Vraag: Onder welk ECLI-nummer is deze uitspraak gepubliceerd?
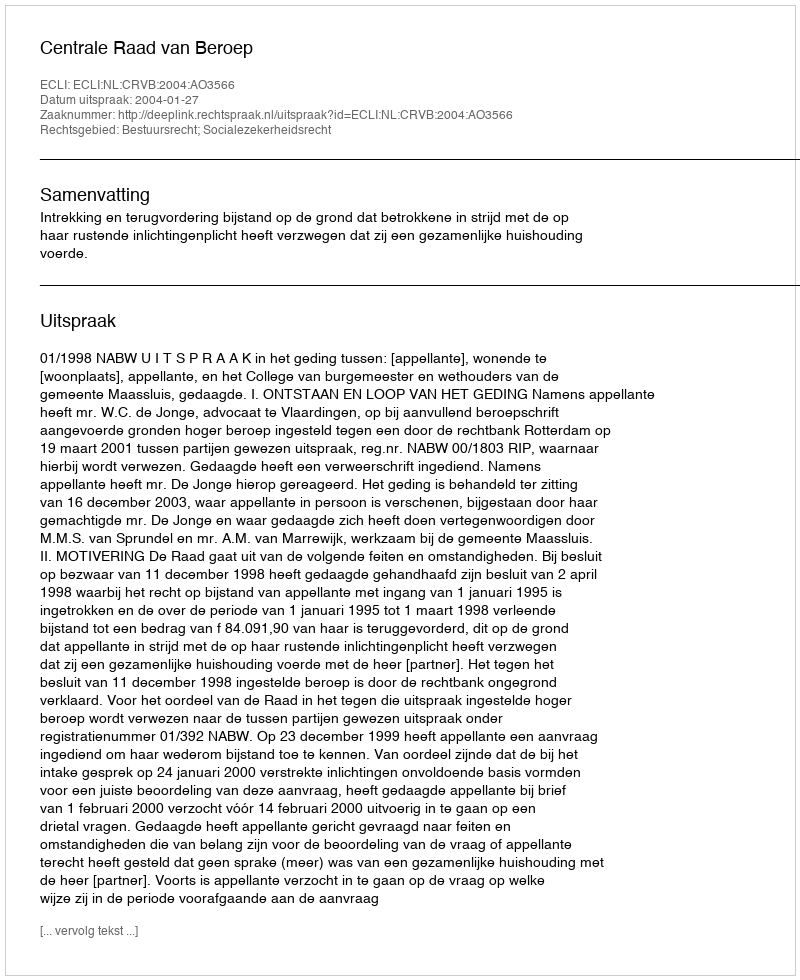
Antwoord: ECLI:NL:CRVB:2004:AO3566